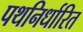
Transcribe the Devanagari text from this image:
पथनिर्धारित